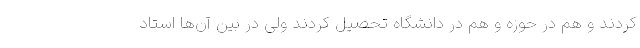
کردند و هم در حوزه و هم در دانشگاه تحصیل کردند ولی در بین آن‌ها استاد